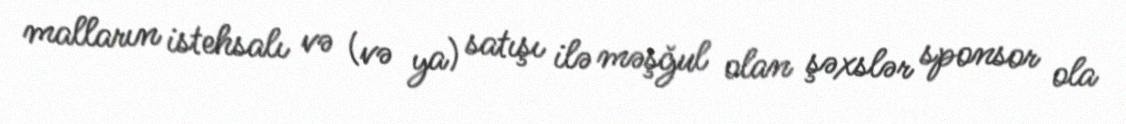
malların istehsalı və (və ya) satışı ilə məşğul olan şəxslər sponsor ola